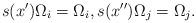
LaTeX: \begin{align*}s(x')\Omega_i=\Omega_i,s(x'')\Omega_j=\Omega_j.\end{align*}